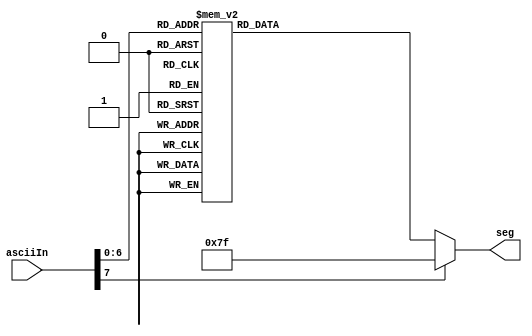
// file ascii2_7seg.v
// John Hubbard, 08 Mar 2015

module ascii2_7seg(asciiIn, seg);
    parameter N = 8; // 8-bit ascii makes it easier to specify string arrays
    input  [N-1:0] asciiIn;    //3210
    output reg [6:0] seg; // abcdefg

    always @(*)
    begin
        case (asciiIn)
            39: seg = 7'b1011111; // '
            45: seg = 7'b1111110; // -

            48: seg = 7'b0000001; // 0
            49: seg = 7'b1001111; // 1
            50: seg = 7'b0010010; // 2
            51: seg = 7'b0000110; // 3
            52: seg = 7'b1001100; // 4
            53: seg = 7'b0100100; // 5
            54: seg = 7'b0100000; // 6
            55: seg = 7'b0001111; // 7
            56: seg = 7'b0000000; // 8
            57: seg = 7'b0000100; // 9

            61: seg = 7'b1110110; // =

                                  // Desired  Actual
                                  // -----    ------
            65: seg = 7'b0001000; //   A        A
            66: seg = 7'b1100000; //   B        b
            67: seg = 7'b0110001; //   C        C
            68: seg = 7'b1000010; //   D        d
            69: seg = 7'b0110000; //   E        E
            70: seg = 7'b0111000; //   F        F
            71: seg = 7'b0000100; //   G        9
            72: seg = 7'b1001000; //   H        H
            73: seg = 7'b1001111; //   I        l
            74: seg = 7'b1000011; //   J        J
            75: seg = 7'b1111111; //   K        blank/off
            76: seg = 7'b1110001; //   L        L
            77: seg = 7'b1111111; //   M        blank/off
            78: seg = 7'b1111111; //   N        blank/off
            79: seg = 7'b0000001; //   O        0
            80: seg = 7'b0011000; //   P        P
            81: seg = 7'b1111111; //   Q        blank/off
            82: seg = 7'b1111111; //   R        blank/off
            83: seg = 7'b0100100; //   S        S
            84: seg = 7'b1111111; //   T        blank/off
            85: seg = 7'b1100011; //   U        u
            86: seg = 7'b1111111; //   V        blank/off
            87: seg = 7'b1111111; //   W        blank/off
            88: seg = 7'b1111111; //   X        blank/off
            89: seg = 7'b1111111; //   Y        blank/off
            90: seg = 7'b1111111; //   Z        blank/off

            95: seg = 7'b1110111; //   _        _

             97: seg = 7'b0001000; //  a        A
             98: seg = 7'b1100000; //  b        b
             99: seg = 7'b1110010; //  c        c
            100: seg = 7'b1000010; //  d        d
            101: seg = 7'b0110000; //  e        E
            102: seg = 7'b0111000; //  f        F
            103: seg = 7'b0000100; //  g        9
            104: seg = 7'b1101000; //  h        h
            105: seg = 7'b1001111; //  i        l
            106: seg = 7'b1000011; //  j        J
            107: seg = 7'b1111111; //  k        blank/off
            108: seg = 7'b1001111; //  l        l
            109: seg = 7'b1111111; //  m        blank/off
            110: seg = 7'b1111111; //  n        blank/off
            111: seg = 7'b1100010; //  o        o
            112: seg = 7'b0011000; //  p        P
            113: seg = 7'b1111111; //  q        blank/off
            114: seg = 7'b1111111; //  r        blank/off
            115: seg = 7'b0100100; //  s        S
            116: seg = 7'b1111111; //  t        blank/off
            117: seg = 7'b1100011; //  u        u
            118: seg = 7'b1111111; //  v        blank/off
            119: seg = 7'b1111111; //  w        blank/off
            120: seg = 7'b1111111; //  x        blank/off
            121: seg = 7'b1111111; //  y        blank/off
            122: seg = 7'b1111111; //  z        blank/off

            default: seg = 7'b1111111; // Default: blank/off
         endcase
     end
endmodule

module bcd_digit_to_ascii(bcdIn, asciiOut);
    parameter N = 4; // 4-bit BCD
    input  [N-1:0] bcdIn;
    output reg [7:0] asciiOut;

    always @(*)
    begin
        case (bcdIn)
             0: asciiOut = 48;
             1: asciiOut = 49;
             2: asciiOut = 50;
             3: asciiOut = 51;
             4: asciiOut = 52;
             5: asciiOut = 53;
             6: asciiOut = 54;
             7: asciiOut = 55;
             8: asciiOut = 56;
             9: asciiOut = 57;
            default: asciiOut = 8'b00000000; // Make any bugs less random
         endcase
     end
endmodule